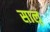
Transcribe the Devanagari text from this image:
साऌ